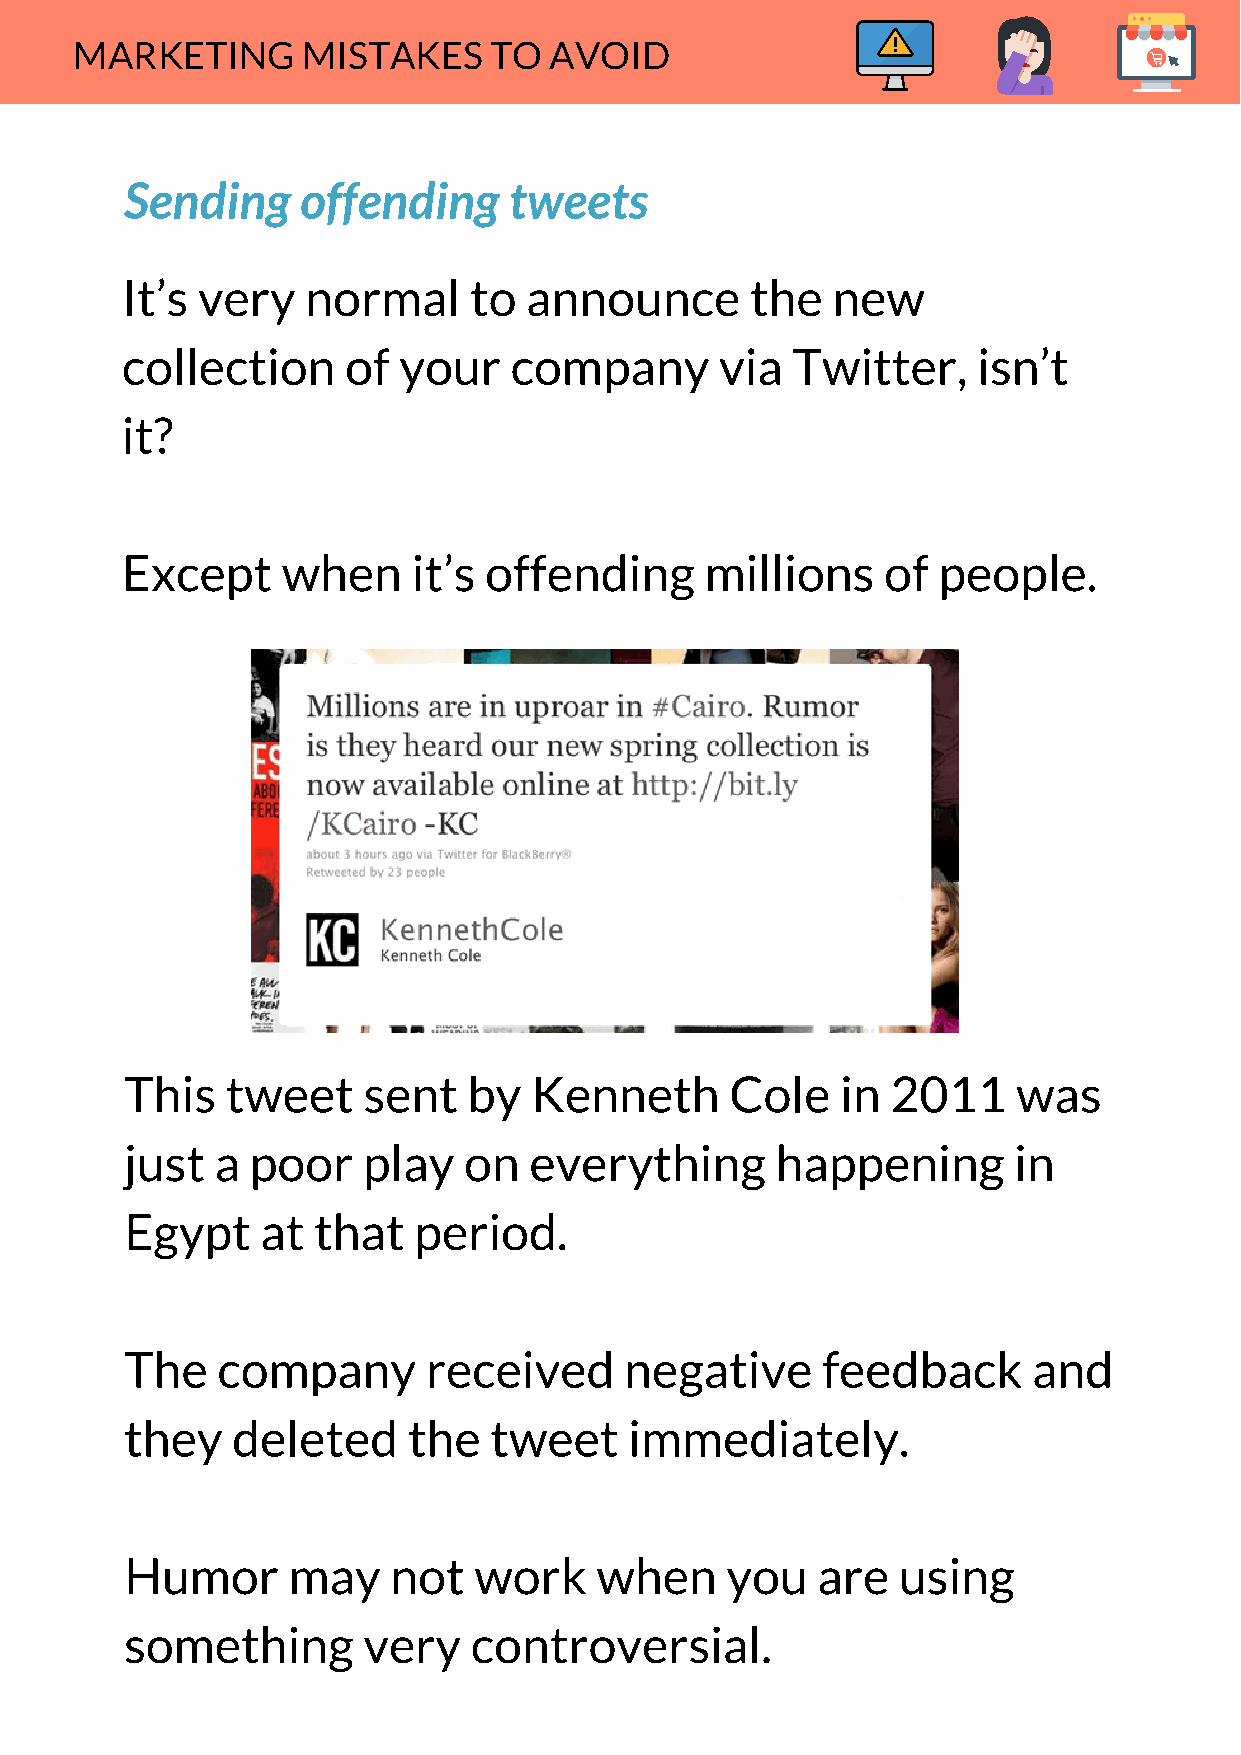
MARKETING      MISTAKES    TO  AVOID
 Sending     offending     tweets
 It’s very   normal     to  announce       the  new
 collection     of your    company       via Twitter,     isn’t
 it?
 Except     when    it’s offending      millions    of people.
 This   tweet    sent   by  Kenneth      Cole    in 2011    was
 just  a  poor   play   on  everything      happening       in
 Egypt    at  that  period.
 The   company       received     negative     feedback      and
 they   deleted     the  tweet     immediately.
 Humor      may    not  work    when     you   are  using
 something       very   controversial.